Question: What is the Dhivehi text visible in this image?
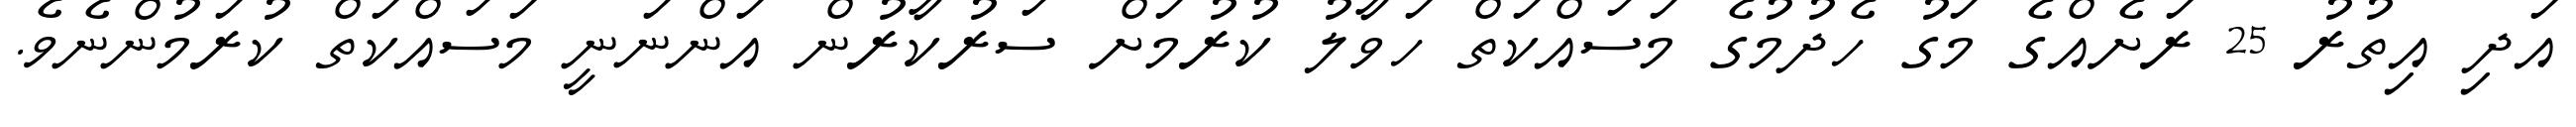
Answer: އަދި އިތުރު 25 ރަށެއްގެ މަގު ހެދުމުގެ މަސައްކަތް ހަވާލު ކުރުމަށް ސަރުކާރުން އަންނަނީ މަސައްކަތް ކުރަމުންނެވެ.